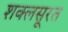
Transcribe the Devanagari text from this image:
शक्लसूरत